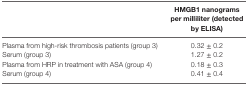
|  | HMGB1 nanograms per milliliter (detected by ELISA) |
 | --- | --- |
 | Plasma from high-risk thrombosis patients (group 3) | 0.32 ± 0.2 |
 | Serum (group 3) | 1.27 ± 0.2 |
 | Plasma from HRP in treatment with ASA (group 4) | 0.18 ± 0.3 |
 | Serum (group 4) | 0.41 ± 0.4 |